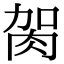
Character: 𦙲